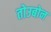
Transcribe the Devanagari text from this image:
तोउबोन